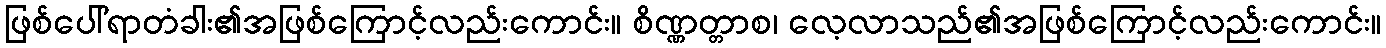
ဖြစ်ပေါ်ရာတံခါး၏အဖြစ်ကြောင့်လည်းကောင်း။ စိဏ္ဏတ္တာစ၊ လေ့လာသည်၏အဖြစ်ကြောင့်လည်းကောင်း။